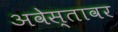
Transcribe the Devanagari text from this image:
अवेस्तावर